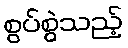
စွပ်စွဲသည့်